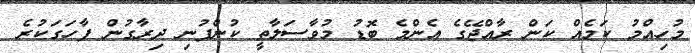
މުހިއްމު ކަމެއް ކަން ރާއްޖޭގެ އެންމެ ބޮޑު މުވާސަލާތީ ކުންފުނި ދިރާގުން ފާހަގަކުރެ